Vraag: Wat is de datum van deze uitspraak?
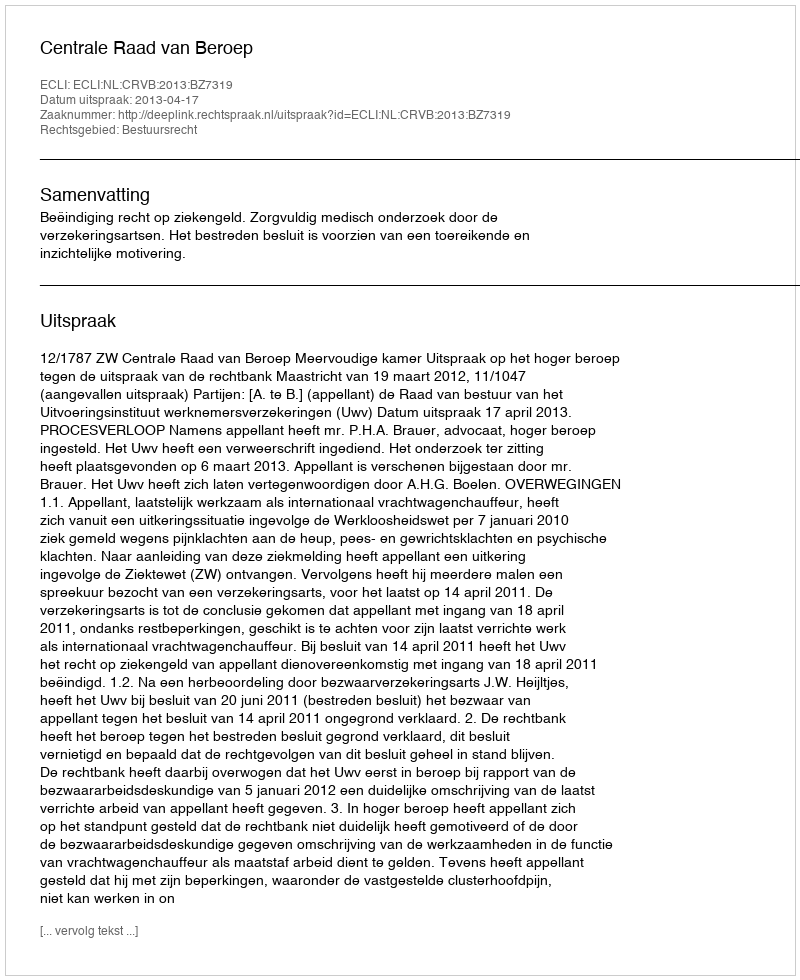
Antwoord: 2013-04-17